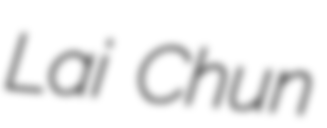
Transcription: Lai Chun